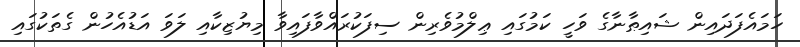
ހަމައެފަދައިން ޝައިޠާނާގެ ވަހީ ކަމުގައި ޢިލްމުވެރިން ސިފަކުރައްވާފައިވާ މިޔުޒިކާއި ލަވަ އަޑުއެހުން ގެތަކުގައި